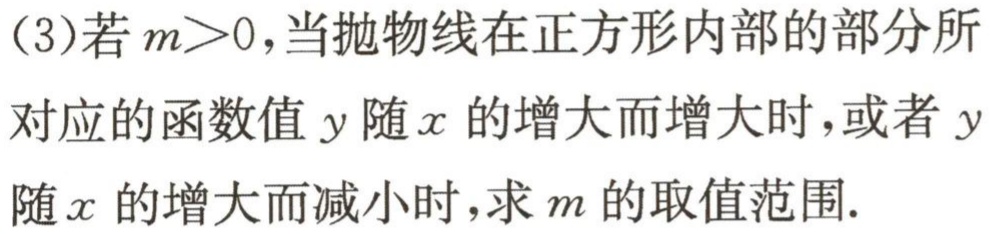
(3)若$m > 0$，当抛物线在正方形内部的部分所对应的函数值$y$随$x$的增大而增大时，或者$y$随$x$的增大而减小时，求$m$的取值范围.